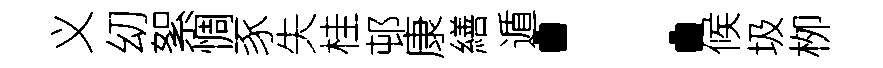
义㓜絮惆豕失桂邨康繕遁：候圾栁